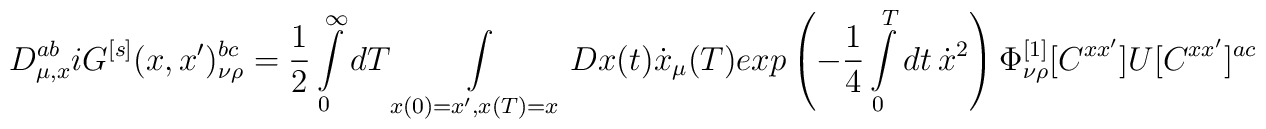
D^{ab}_{\mu,x}iG^{[s]}(x,x')^{bc}_{\nu\rho}={1\over 2}\int\limits_0^\infty dT\int\limits_{x(0)=x',x(T)=x}Dx(t) \dot{x}_\mu(T)exp\left(-{1\over 4}\int\limits_0^Tdt\,\dot{x}^2\right)\Phi^{[1]}_{\nu\rho}[C^{xx'}]U[C^{xx'}]^{ac}